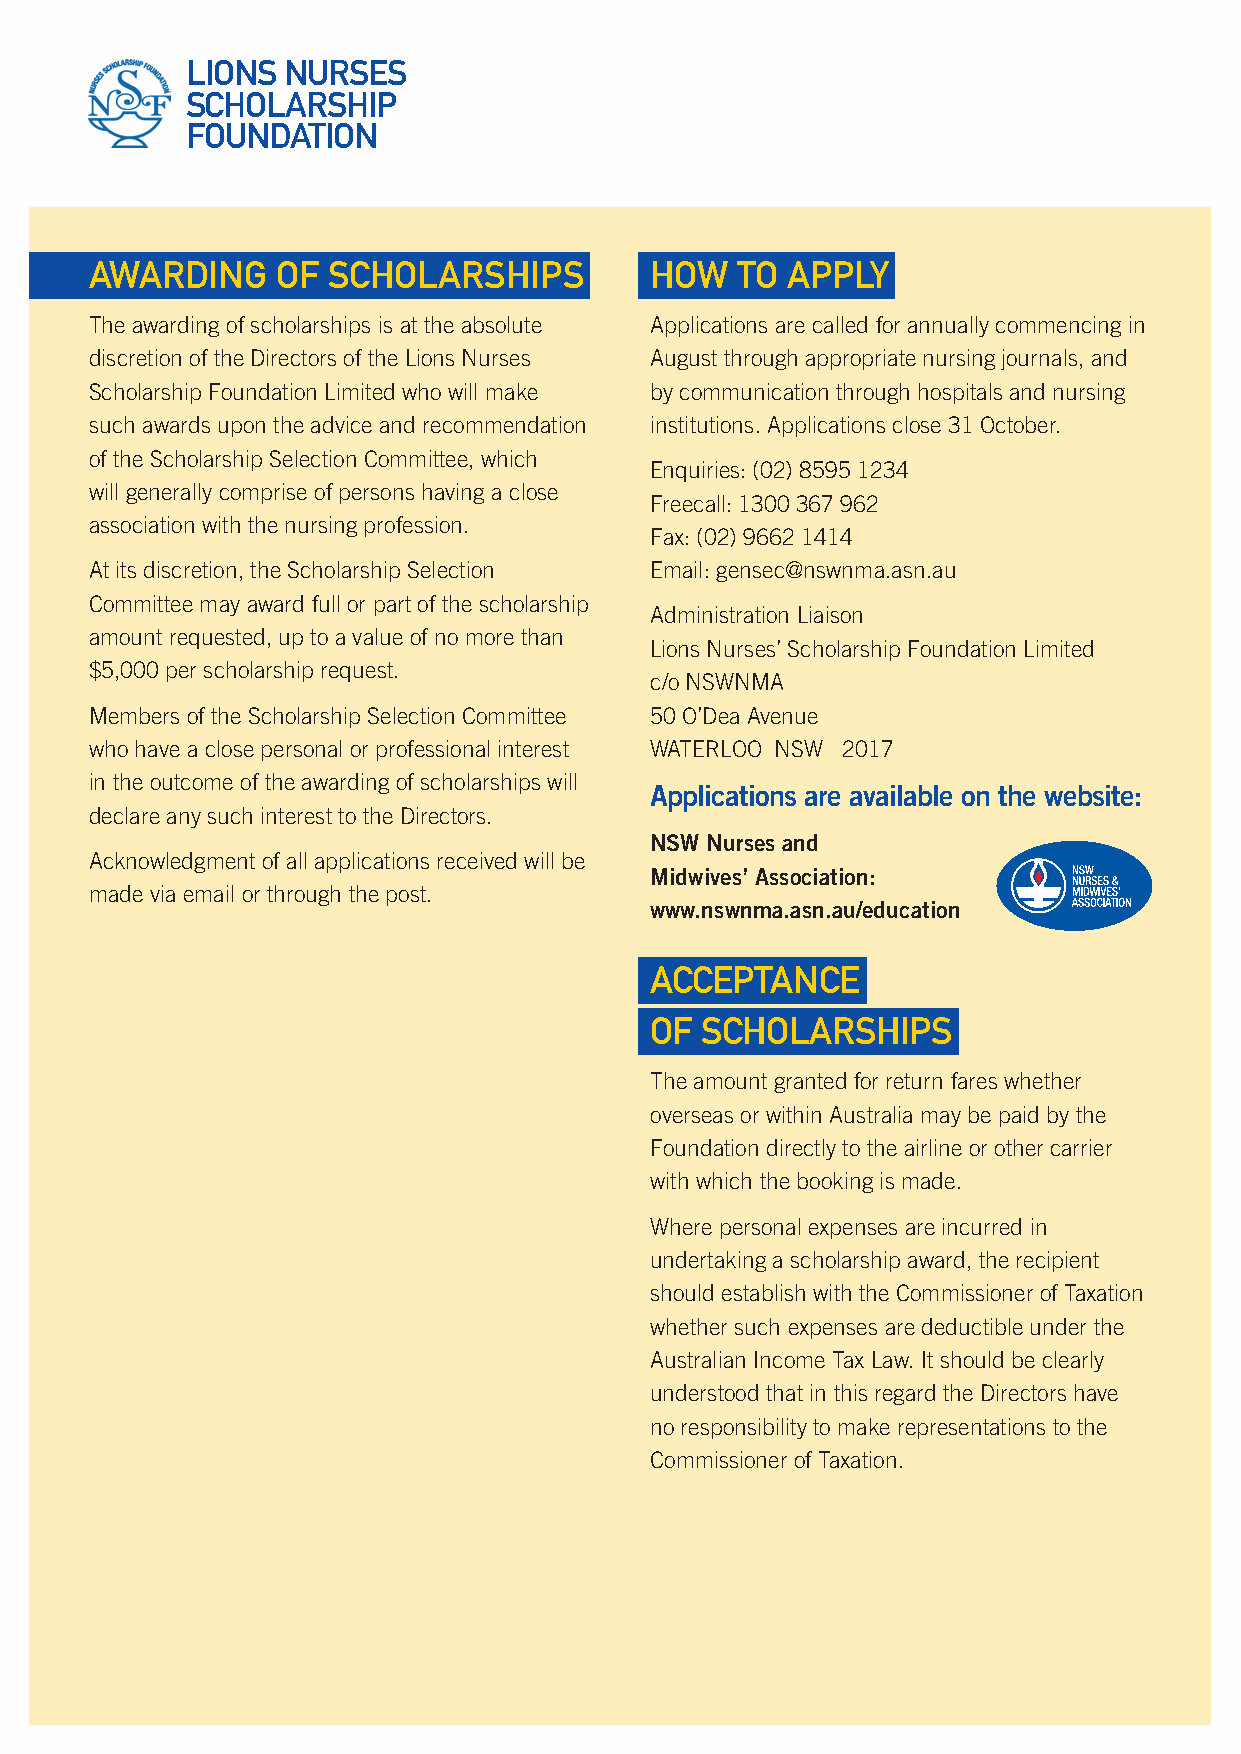
LIONS  NURSES
 SCHOLARSHIP
 FOUNDATION
 AWARDING    OF  SCHOLARSHIPS         HOW   TO APPLY
 The awarding of scholarships is at the absolute Applications are called for annually commencing in
 discretion of the Directors of the Lions Nurses August through appropriate nursing journals, and
 Scholarship Foundation Limited who will make by communication through hospitals and nursing
 such awards upon the advice and recommendation institutions. Applications close 31 October.
 of the Scholarship Selection Committee, which
 Enquiries: (02) 8595 1234
 will generally comprise of persons having a close
 Freecall: 1300 367 962
 association with the nursing profession.
 Fax: (02) 9662 1414
 At its discretion, the Scholarship Selection Email: gensec@nswnma.asn.au
 Committee may award full or part of the scholarship
 Administration Liaison
 amount requested, up to a value of no more than
 Lions Nurses’ Scholarship Foundation Limited
 $5,000 per scholarship request.
 c/o NSWNMA
 Members of the Scholarship Selection Committee 50 O’Dea Avenue
 who have a close personal or professional interest WATERLOO NSW 2017
 in the outcome of the awarding of scholarships will
 Applications are available on the website:
 declare any such interest to the Directors.
 NSW Nurses and
 Acknowledgment of all applications received will be
 Midwives’ Association:
 made via email or through the post.
 www.nswnma.asn.au/education
 ACCEPTANCE
 OF SCHOLARSHIPS
 The amount granted for return fares whether
 overseas or within Australia may be paid by the
 Foundation directly to the airline or other carrier
 with which the booking is made.
 Where personal expenses are incurred in
 undertaking a scholarship award, the recipient
 should establish with the Commissioner of Taxation
 whether such expenses are deductible under the
 Australian Income Tax Law. It should be clearly
 understood that in this regard the Directors have
 no responsibility to make representations to the
 Commissioner of Taxation.